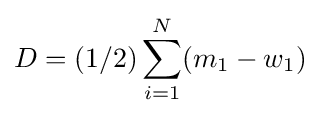
D=(1/2)\sum _{i=1}^{N}(m_{1}-w_{1})